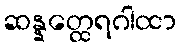
ဆန္နတ္ထေရဂါထာ